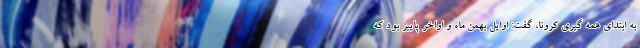
به ابتدای همه گیری کرونا، گفت: اوایل بهمن ماه و اواخر پاییز بود که